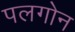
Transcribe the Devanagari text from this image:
पलगोन